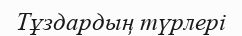
Тұздардың түрлерi